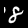
Digit: 8